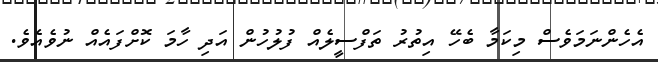
އެހެންނަމަވެސް މިކަމާ ބެހޭ އިތުރު ތަފްސީލެއް ފުލުހުން އަދި ހާމަ ކޮށްފައެއް ނުވެއެވެ.